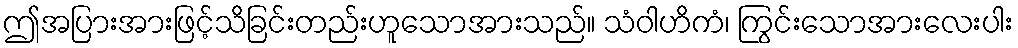
ဤအပြားအားဖြင့်သိခြင်းတည်းဟူသောအားသည်။ သံဝါဟိကံ၊ ကြွင်းသောအားလေးပါး